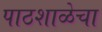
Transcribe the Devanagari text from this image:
पाठशाळेचा